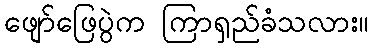
ဖျော်ဖြေပွဲက ကြာရှည်ခံသလား။